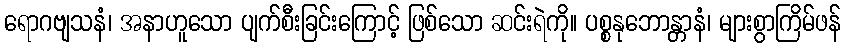
ရောဂဗျသနံ၊ အနာဟူသော ပျက်စီးခြင်းကြောင့် ဖြစ်သော ဆင်းရဲကို။ ပစ္စနုဘောန္တာနံ၊ များစွာကြိမ်ဖန်